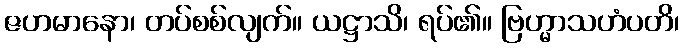
ဇဟမာနော၊ တပ်စစ်လျက်။ ယဋ္ဌာသိ၊ ရပ်၏။ ဗြဟ္မာသဟံပတိ၊